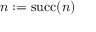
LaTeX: n : = \operatorname { s u c c } ( n )